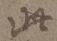
此